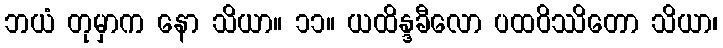
ဘယံ တုမှာက နော သိယာ။ ၁၁။ ယထိန္ဒခီလော ပထဝိဿိတော သိယာ၊